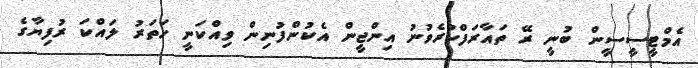
އެމްޓީސީސީން ބުނީ ރޭ ތައާރަފްކުރެވުނު އިންޖީން އެކުންފުނިން ވިއްކަނީ ހަތަރު ލައްކަ ރުފިޔާގެ